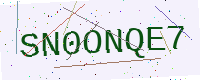
Text: SN0ONQE7